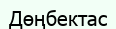
Дөңбектас